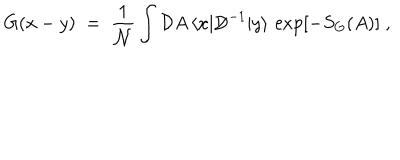
G ( x - y ) \; = \; \frac { 1 } { { \mathcal N } } \int { \mathcal D } A \, \langle x | { \not \! \! D } ^ { - 1 } | y \rangle \, \exp [ - S _ { G } ( A ) ] \; ,